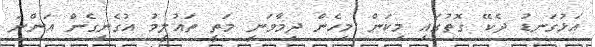
އަޅުގަނޑު ދެކޭ ގޮތުގައި މިކަން މިހެން ދިމާވަނީ މަތީ ތައުލީމު އުގެނިގެން އަންނަ